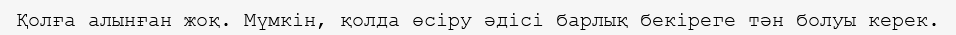
Қолға алынған жоқ. Мүмкін, қолда өсіру әдісі барлық бекіреге тән болуы керек.